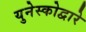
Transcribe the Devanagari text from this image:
युनेस्कोद्वारे